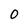
Character: 0